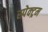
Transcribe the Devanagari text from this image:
स्‍पेक्‍ट्रम